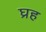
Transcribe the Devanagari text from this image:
घ्रह